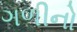
ગળીનો